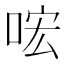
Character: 𠴈